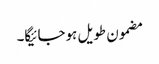
مضمون طویل ہوجائیگا۔